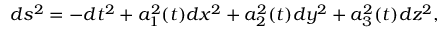
d s ^ { 2 } = - d t ^ { 2 } + a _ { 1 } ^ { 2 } ( t ) d x ^ { 2 } + a _ { 2 } ^ { 2 } ( t ) d y ^ { 2 } + a _ { 3 } ^ { 2 } ( t ) d z ^ { 2 } ,